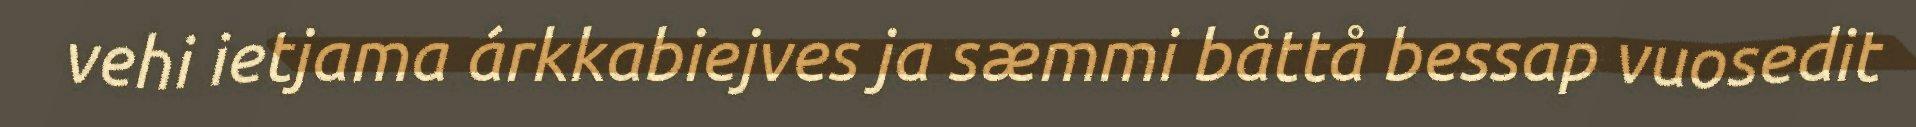
vehi ietjama árkkabiejves ja sæmmi båttå bessap vuosedit